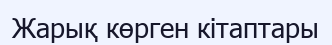
Жарық көрген кітаптары